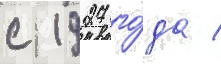
с 1927 го́да /